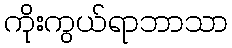
ကိုးကွယ်ရာဘာသာ